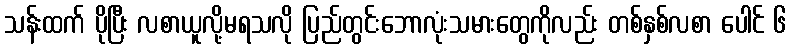
သန်းထက် ပိုပြီး လစာယူလို့မရသလို ပြည်တွင်းဘောလုံးသမားတွေကိုလည်း တစ်နှစ်လစာ ပေါင် ၆